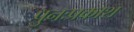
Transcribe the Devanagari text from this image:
पुनःप्रकाश